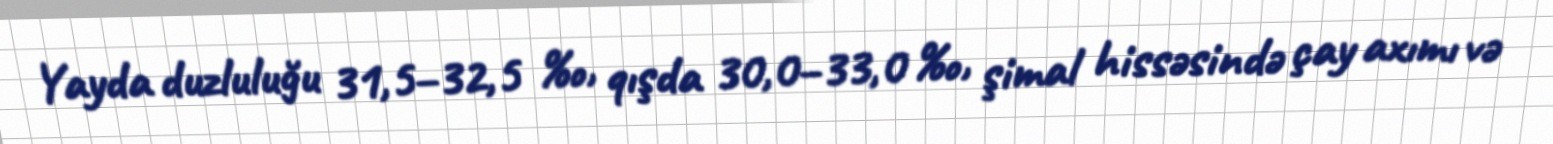
Yayda duzluluğu 31,5–32,5 ‰, qışda 30,0–33,0 ‰, şimal hissəsində çay axımı və